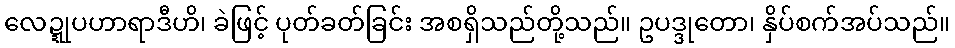
လေဍ္ဍုပဟာရာဒီဟိ၊ ခဲဖြင့် ပုတ်ခတ်ခြင်း အစရှိသည်တို့သည်။ ဥပဒ္ဒုတော၊ နှိပ်စက်အပ်သည်။